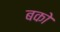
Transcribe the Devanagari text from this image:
बको